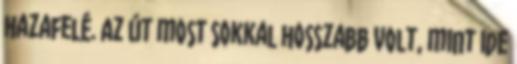
hazafelé. Az út most sokkal hosszabb volt, mint ide